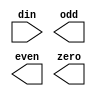
module decode(
  input [3:0] din, 
  output reg odd, 
  output reg even,
  output reg zero
);

// ======================
// = add your code here =
// ======================

endmodule